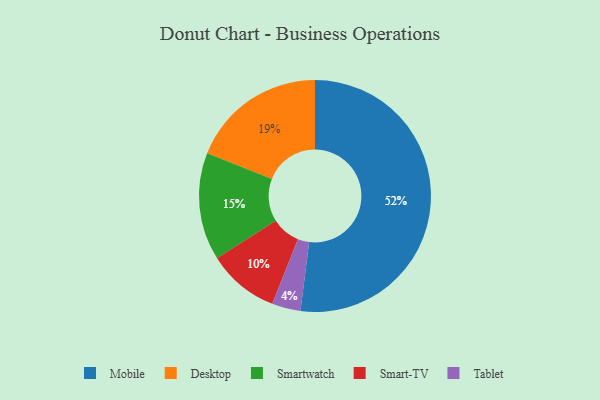
{"axis": {"x": "Category", "y": "Percentage"}, "legend": ["Desktop", "Mobile", "Smart-TV", "Smartwatch", "Tablet"], "data": [{"x": "Smartwatch", "y": 15, "type": "Smartwatch"}, {"x": "Smart-TV", "y": 10, "type": "Smart-TV"}, {"x": "Tablet", "y": 4, "type": "Tablet"}, {"x": "Mobile", "y": 52, "type": "Mobile"}, {"x": "Desktop", "y": 19, "type": "Desktop"}]}